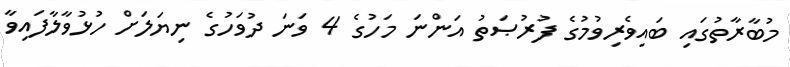
މުބާރާތުގައި ބައިވެރިވުމުގެ ފުރުޞަތު އަންނަ މަހުގެ 4 ވަނަ ދުވަހުގެ ނިޔަލަށް ހުޅުވާލާފައިވާ